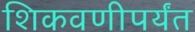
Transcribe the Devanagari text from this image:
शिकवणीपर्यंत